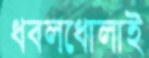
ধবলধোলাই